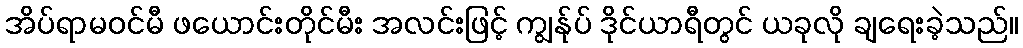
အိပ်ရာမဝင်မီ ဖယောင်းတိုင်မီး အလင်းဖြင့် ကျွန်ုပ် ဒိုင်ယာရီတွင် ယခုလို ချရေးခဲ့သည်။